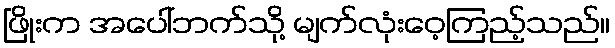
ဖြိုးက အပေါ်ဘက်သို့ မျက်လုံးဝေ့ကြည့်သည်။